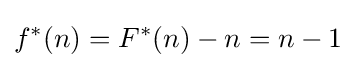
f^{*}(n)=F^{*}(n)-n=n-1